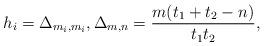
LaTeX: \begin{align*}h_i=\Delta_{m_i,m_i},\Delta_{m,n}=\frac{m(t_1+t_2-n)}{t_1t_2},\end{align*}